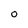
Character: O